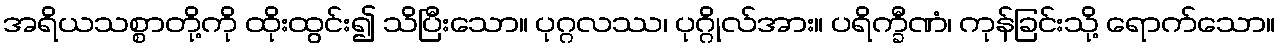
အရိယသစ္စာတို့ကို ထိုးထွင်း၍ သိပြီးသော။ ပုဂ္ဂလဿ၊ ပုဂ္ဂိုလ်အား။ ပရိက္ခီဏံ၊ ကုန်ခြင်းသို့ ရောက်သော။